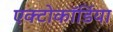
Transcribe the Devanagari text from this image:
एक्टोकॉर्डिया